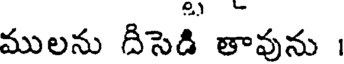
ములను దిసెడి తావును